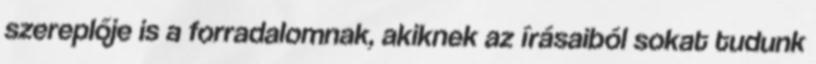
szereplője is a forradalomnak, akiknek az írásaiból sokat tudunk